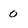
Character: o